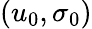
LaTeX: \left(u_{0},\sigma_{0}\right)